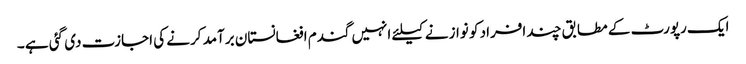
ایک رپورٹ کے مطابق چند افراد کو نوازنے کیلئے انہیں گندم افغانستان برآمد کرنے کی اجازت دی گئی ہے ۔